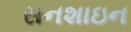
સનશાઇન